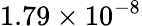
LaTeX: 1.79\times 10^{-8}